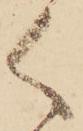
く